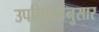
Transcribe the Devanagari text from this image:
उपनिषदांनुसार